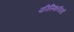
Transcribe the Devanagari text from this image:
परिस्थितीयों